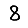
Digit: 8